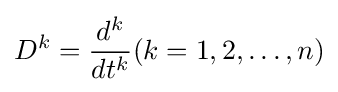
D^{k}={\frac {d^{k}}{dt^{k}}}(k=1,2,\ldots ,n)